Lunatic asylums Central Provinces reports 1895-1909 - 1895-1909
Year: 1895
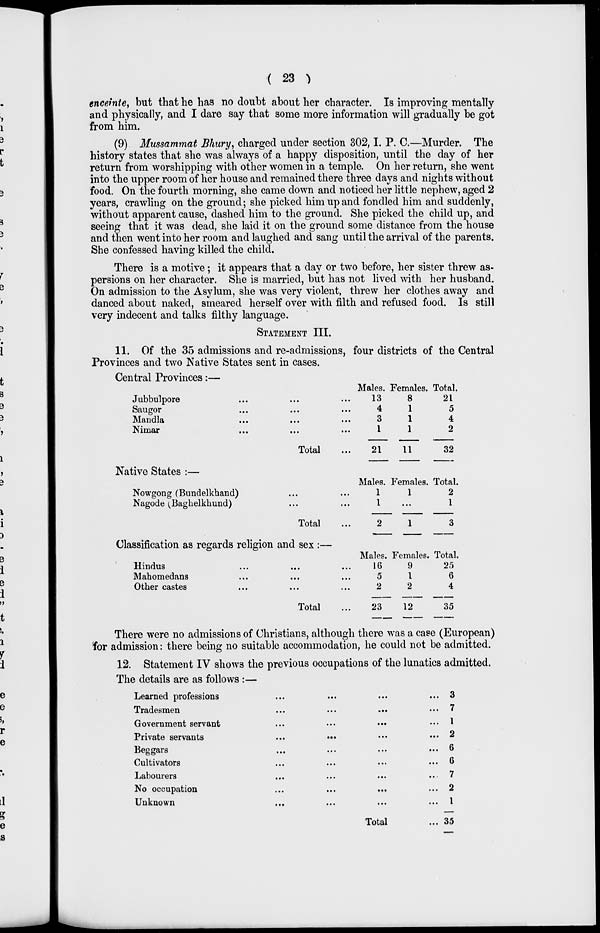
( 23 )
enceinte, but that he has no doubt about her character. Is improving mentally
and physically, and I dare say that some more information will gradually be got
from him.
(9) Mussammat Bhury, charged under section 302, I. P. C.—Murder. The
history states that she was always of a happy disposition, until the day of her
return from worshipping with other women in a temple. On her return, she went
into the upper room of her house and remained there three days and nights without
food. On the fourth morning, she came down and noticed her little nephew, aged 2
years, crawling on the ground; she picked him up and fondled him and suddenly,
without apparent cause, dashed him to the ground. She picked the child up, and
seeing that it was dead, she laid it on the ground some distance from the house
and then went into her room and laughed and sang until the arrival of the parents.
She confessed having killed the child.
There is a motive; it appears that a day or two before, her sister threw as-
persions on her character. She is married, but has not lived with her husband.
On admission to the Asylum, she was very violent, threw her clothes away and
danced about naked, smeared herself over with filth and refused food. Is still
very indecent and talks filthy language.
STATEMENT III.
11. Of the 35 admissions and re-admissions, four districts of the Central
Provinces and two Native States sent in cases.
Central Provinces:—
Jubbulpore ... ... ...
Saugor ... ... ...
Mandla ... ... ...
Nimar ... ... ...
Total ...
Males.
13
4
3
1
21
Females.
8
1
1
1
11
Total.
21
5
4
2
32
Native States :—
Nowgong (Bundelkhand) ... ...
Nagode (Baghelkhund) ... ...
Total ...
Males.
1
1
2
Females.
1
...
1
Total.
2
1
3
Classification as regards religion and sex :—
Hindus ... ...
Mahomedans ... ...
Other castes ... ...
Total ...
Males.
16
5
2
23
Females.
9
1
2
12
Total.
25
6
4
35
There were no admissions of Christians, although there was a case (European)
for admission: there being no suitable accommodation, he could not be admitted.
12. Statement IV shows the previous occupations of the lunatics admitted.
The details are as follows :—
Learned professions ... ... ... ...
Tradesmen ... ... ... ...
Government servant ... ... ... ...
Private servants ... ... ... ...
Beggars ... ... ... ...
Cultivators ... ... ... ...
Labourers ... ... ... ...
No occupation ... ... ... ...
Unknown ... ... ... ...
Total ...
3
7
1
2
6
6
7
2
1
35